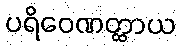
ပရိဝေဏတ္ထာယ